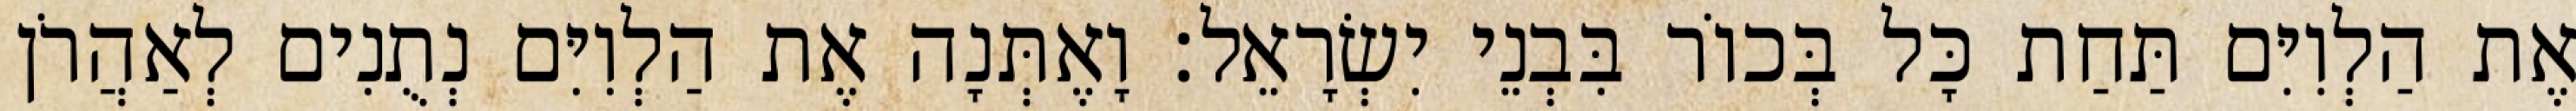
אֶת הַלְוִיִּם תַּחַת כָּל בְּכוֹר בִּבְנֵי יִשְׂרָאֵל׃ וָאֶתְּנָה אֶת הַלְוִיִּם נְתֻנִים לְאַהֲרֹן